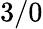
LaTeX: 3/0